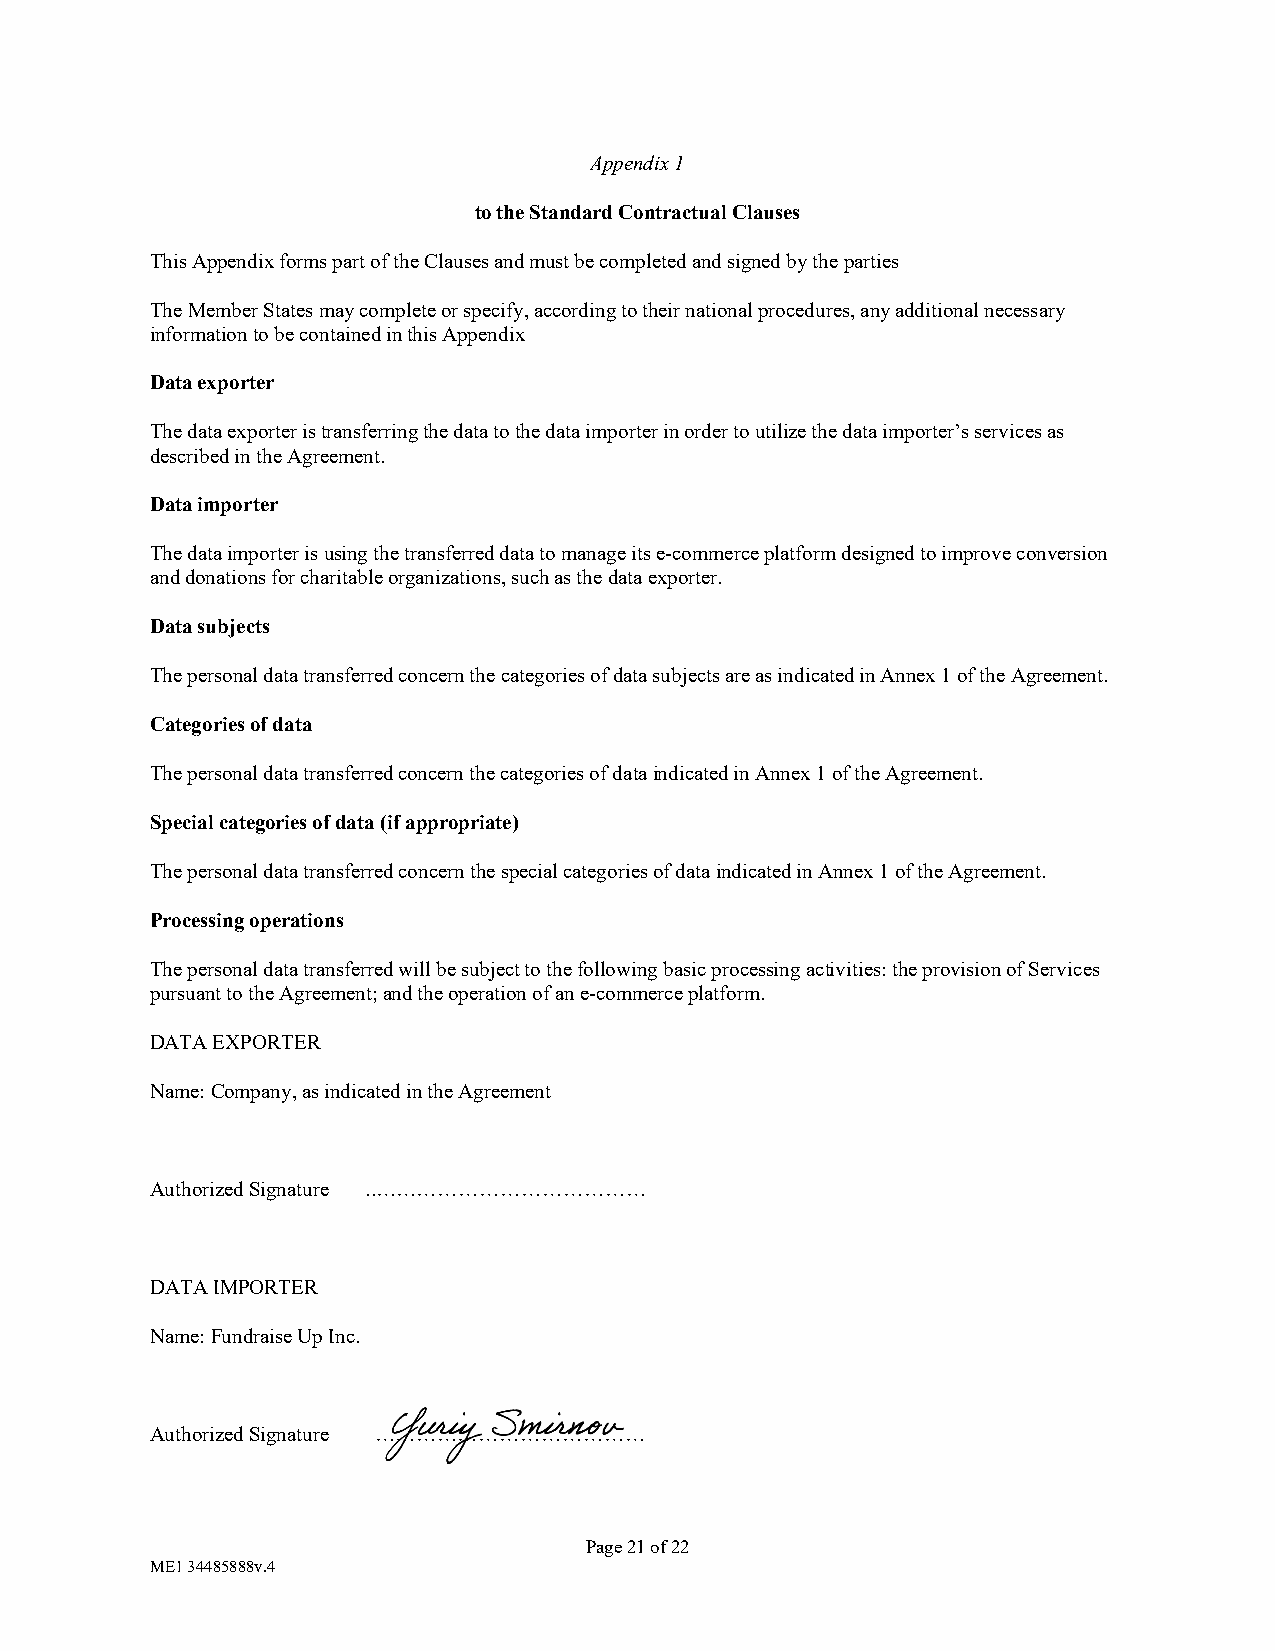
Appendix 1
 to the Standard Contractual Clauses
 This Appendix forms part of the Clauses and must be completed and signed by the parties
 The Member States may complete or specify, according to their national procedures, any additional necessary
 information to be contained in this Appendix
 Data exporter
 The data exporter is transferring the data to the data importer in order to utilize the data importer’s services as
 described in the Agreement.
 Data importer
 The data importer is using the transferred data to manage its e-commerce platform designed to improve conversion
 and donations for charitable organizations, such as the data exporter.
 Data subjects
 The personal data transferred concern the categories of data subjects are as indicated in Annex 1 of the Agreement.
 Categories of data
 The personal data transferred concern the categories of data indicated in Annex 1 of the Agreement.
 Special categories of data (if appropriate)
 The personal data transferred concern the special categories of data indicated in Annex 1 of the Agreement.
 Processing operations
 The personal data transferred will be subject to the following basic processing activities: the provision of Services
 pursuant to the Agreement; and the operation of an e-commerce platform.
 DATA EXPORTER
 Name: Company, as indicated in the Agreement
 Authorized Signature ..…………………………………
 DATA IMPORTER
 Name: Fundraise Up Inc.
 Authorized Signature …………………………………
 Page 21 of 22
 ME1 34485888v.4